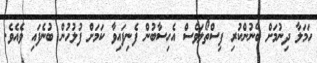
ހަމަލާ ދިނުމަށް ބޭނުންކުރި ފިސްތޯލަވެސް އެހިސާބުން ފެނިފައިވާ ކަމަށް ފުލުހުން ބުނެފައި ވެއެވެ.